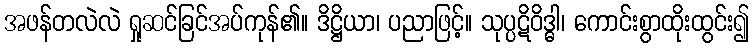
အဖန်တလဲလဲ ရှုဆင်ခြင်အပ်ကုန်၏။ ဒိဋ္ဌိယာ၊ ပညာဖြင့်။ သုပ္ပဋိဝိဒ္ဓါ၊ ကောင်းစွာထိုးထွင်း၍